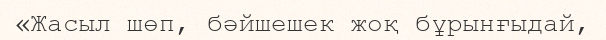
«Жасыл шөп, бәйшешек жоқ бұрынғыдай,